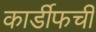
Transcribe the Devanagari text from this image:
कार्डीफची